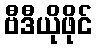
ဗီဒီယိုဖိုင်